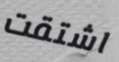
اشتقت